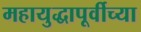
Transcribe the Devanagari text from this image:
महायुद्धापूर्वीच्या